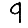
Digit: 9